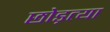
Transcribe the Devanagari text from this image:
छोड़त्या